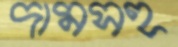
দামসহ